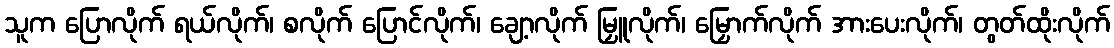
သူက ပြောလိုက် ရယ်လိုက်၊ စလိုက် ပြောင်လိုက်၊ ချော့လိုက် မြှူလိုက်၊ မြှောက်လိုက် အားပေးလိုက်၊ တွတ်ထိုးလိုက်